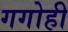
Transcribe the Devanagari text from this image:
गगोही